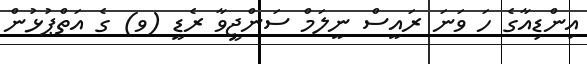
އިންޑިއާގެ ހަ ވަނަ ރައީސް ނީލަމް ސަންޖީވާ ރެޑީ (ވ) ގެ އަތްޕުޅުން